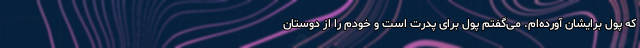
که پول برایشان آورده‌ام. می‌گفتم پول برای پدرت است و خودم را از دوستان